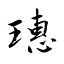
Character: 璤